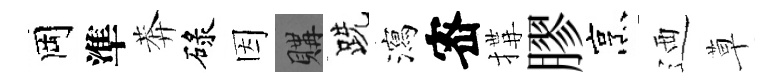
岡準莾碌因購跣瀉宻搆膠烹迺草